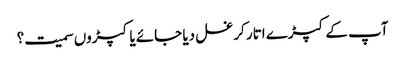
آپ کے کپڑے اتار کر غسل دیا جائے یا کپڑوں سمیت؟